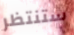
ستنتظر